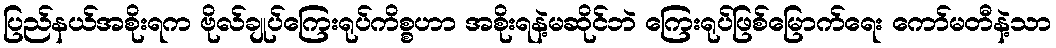
ပြည်နယ်အစိုးရက ဗိုလ်ချုပ်ကြေးရုပ်ကိစ္စဟာ အစိုးရနဲ့မဆိုင်ဘဲ ကြေးရုပ်ဖြစ်မြောက်ရေး ကော်မတီနဲ့သာ